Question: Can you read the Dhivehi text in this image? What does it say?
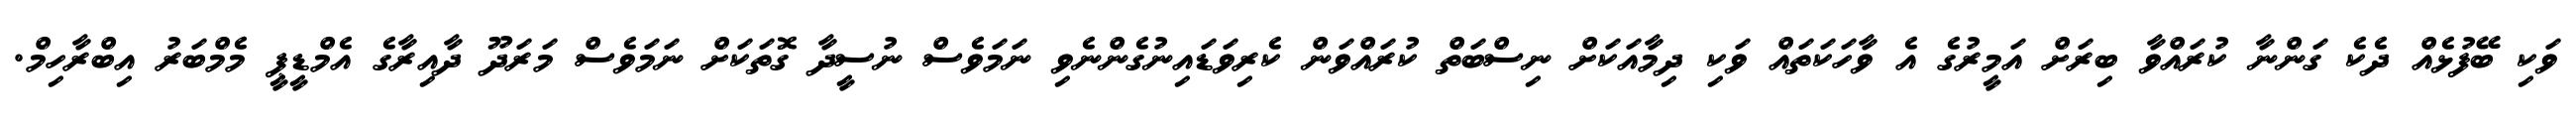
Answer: ވަކި ބޭފުޅެއް ދެކެ ގަންނާ ކުރައްވާ ބިރަށް އަމީރުގެ އެ ވާހަކަތައް ވަކި ދިމާއަކަށް ނިސްބަތް ކުރައްވަން ކެރިވަޑައިނުގެންނެވި ނަމަވެސް ނުސީދާ ގޮތަކަށް ނަމަވެސް މަރަދޫ ދާއިރާގެ އެމްޑީޕީ މެމްބަރު އިބްރާހިމް.